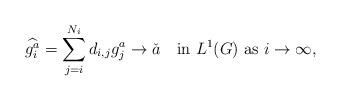
LaTeX: \begin{align*}\widehat{g_i^a}=\sum_{j=i}^{N_i}d_{i,j}g_j^a \to \check{a}\quad\textrm{in}\ L^1(G) \ \textrm{as}\ i\to\infty,\end{align*}